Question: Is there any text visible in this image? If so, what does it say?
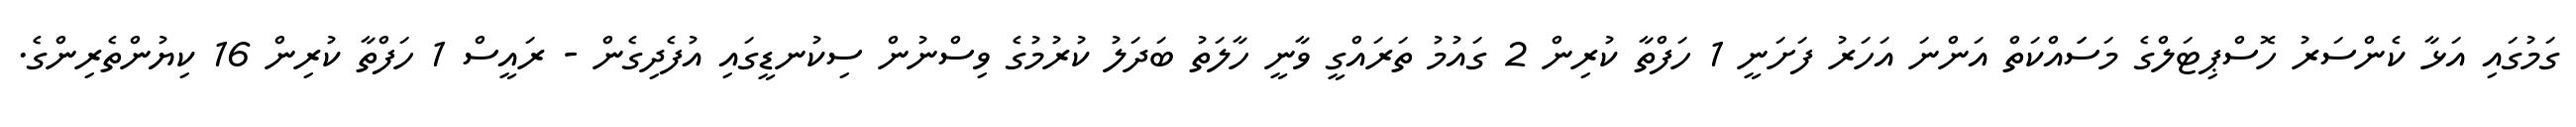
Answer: ގަމުގައި އަޅާ ކެންސަރު ހޮސްޕިޓަލްގެ މަސަައްކަތް އަންނަ އަހަރު ފަށަނީ 1 ހަފްތާ ކުރިން 2 ގައުމު ތަރައްގީ ވާނީ ހާލަތު ބަދަލު ކުރުމުގެ ވިސްނުން ސިކުނޑީގައި އުފެދިގެން - ރައީސް 1 ހަފްތާ ކުރިން 16 ކިޔުންތެރިންގެ.